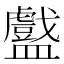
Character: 𬑁